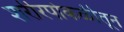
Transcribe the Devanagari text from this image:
शरीरपोकळीतून